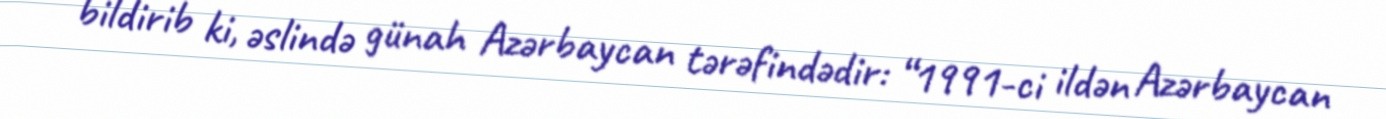
bildirib ki, əslində günah Azərbaycan tərəfindədir: “1991-ci ildən Azərbaycan